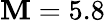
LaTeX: \mathbf{M}=5.8